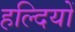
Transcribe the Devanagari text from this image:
हल्दियों